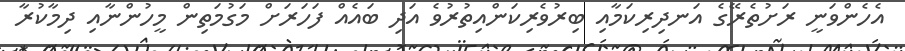
އެހެންވަނީ ރަށުތެރޭގެ އަނދިރިކަމާއި ބިރުވެރިކަންއިތުރުވެ އަދި ބައެއް ފަހަރަށް މަގުމަތިން މީހުންނާއި ދިމާކުރާ